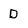
Character: D